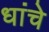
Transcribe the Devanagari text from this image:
धांचे